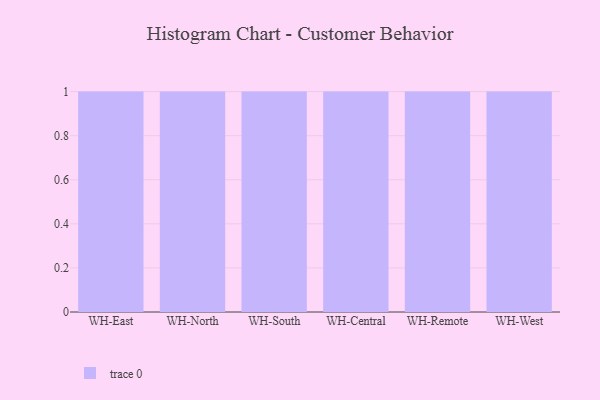
{"axis": {"x": "Warehouse", "y": "Latency (ms)"}, "legend": [""], "data": [{"x": "WH-East", "y": 40, "type": ""}, {"x": "WH-North", "y": 73, "type": ""}, {"x": "WH-South", "y": 56, "type": ""}, {"x": "WH-Central", "y": 56, "type": ""}, {"x": "WH-Remote", "y": 11, "type": ""}, {"x": "WH-West", "y": 70, "type": ""}]}